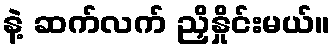
နဲ့ ဆက်လက် ညှိနှိုင်းမယ်။